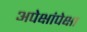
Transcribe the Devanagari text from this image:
अपेक्षांपेक्षा